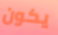
يكون